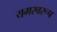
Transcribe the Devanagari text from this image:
यमस्वरूप